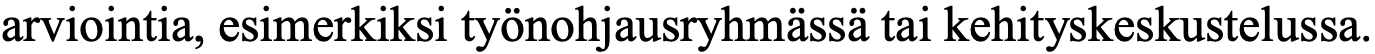
arviointia, esimerkiksi työnohjausryhmässä tai kehityskeskustelussa.